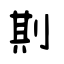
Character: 剘